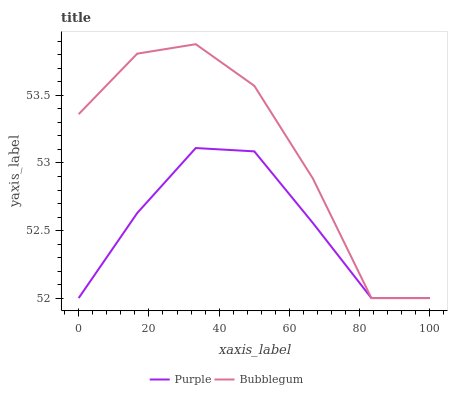
| xaxis_label | Purple | Bubblegum |
 | --- | --- | --- |
 | 0 | 52 | 53.4 |
 | 16.7 | 52.6 | 53.8 |
 | 33.3 | 53.1 | 53.9 |
 | 50 | 53.1 | 53.6 |
 | 66.7 | 52.6 | 52.9 |
 | 83.3 | 52 | 52 |
 | 100 | 52 | 52 |